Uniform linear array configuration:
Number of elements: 8
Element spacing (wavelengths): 1
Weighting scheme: blackman
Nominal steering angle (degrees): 0
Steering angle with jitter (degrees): -0.2366
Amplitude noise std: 0.05
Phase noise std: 0.05

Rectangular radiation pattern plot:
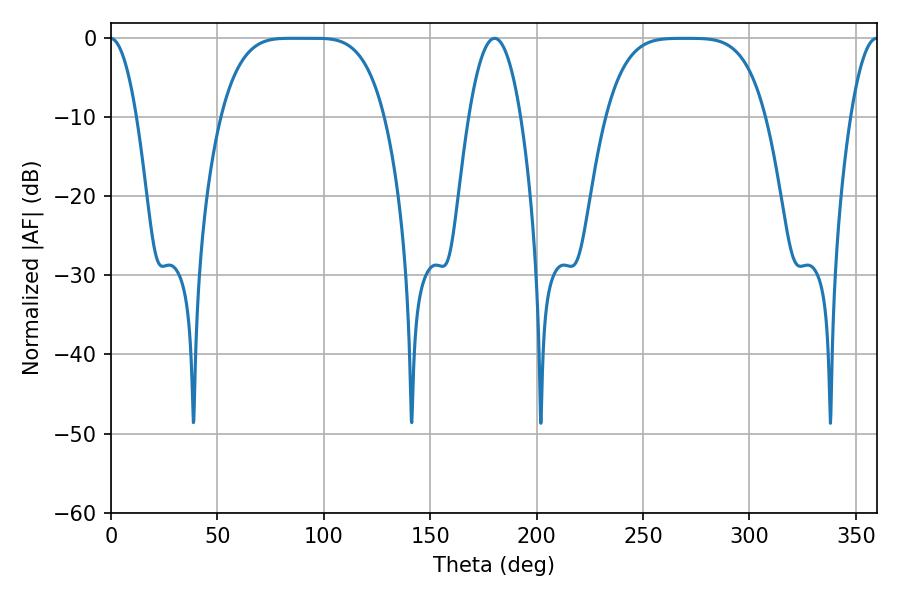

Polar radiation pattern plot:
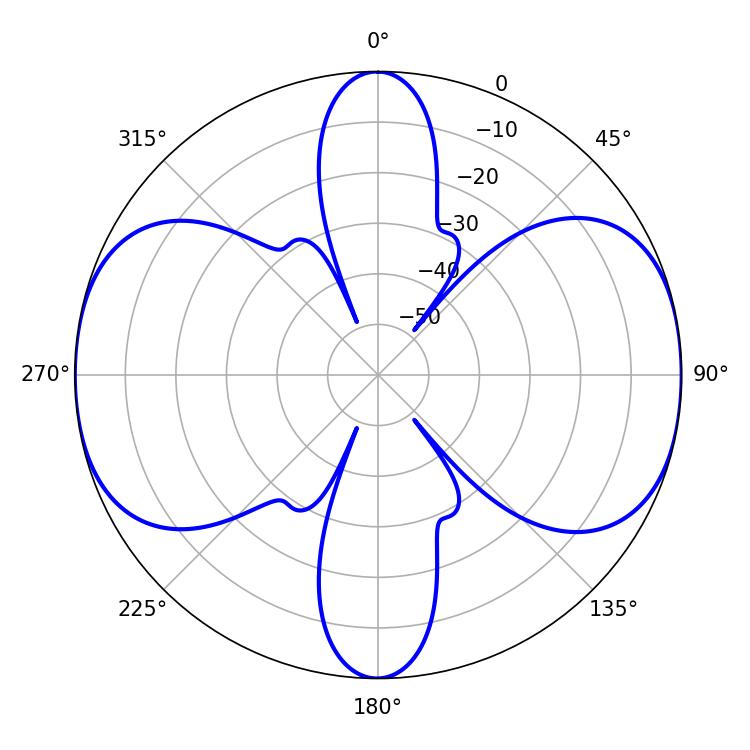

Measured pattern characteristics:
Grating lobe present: TRUE
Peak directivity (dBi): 17.494
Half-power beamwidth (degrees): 57.24
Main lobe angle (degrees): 84.6